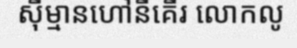
ស៊ីម្មានហៅនីគើរ លោកលូ